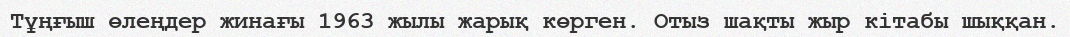
Тұңғыш өлеңдер жинағы 1963 жылы жарық көрген. Отыз шақты жыр кітабы шыққан.